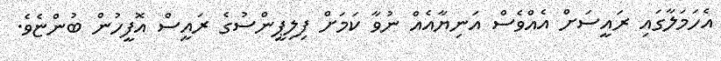
އެހަމަލާގައި ރައީސަށް އެއްވެސް އަނިޔާއެއް ނުވާ ކަމަށް ފިލިޕީންސުގެ ރައީސް އޮފީހުން ބުންޏެވެ.